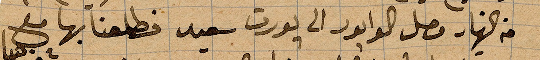
من النهار وصل الوابور الى بورت سعيد فطلعنا بها مع